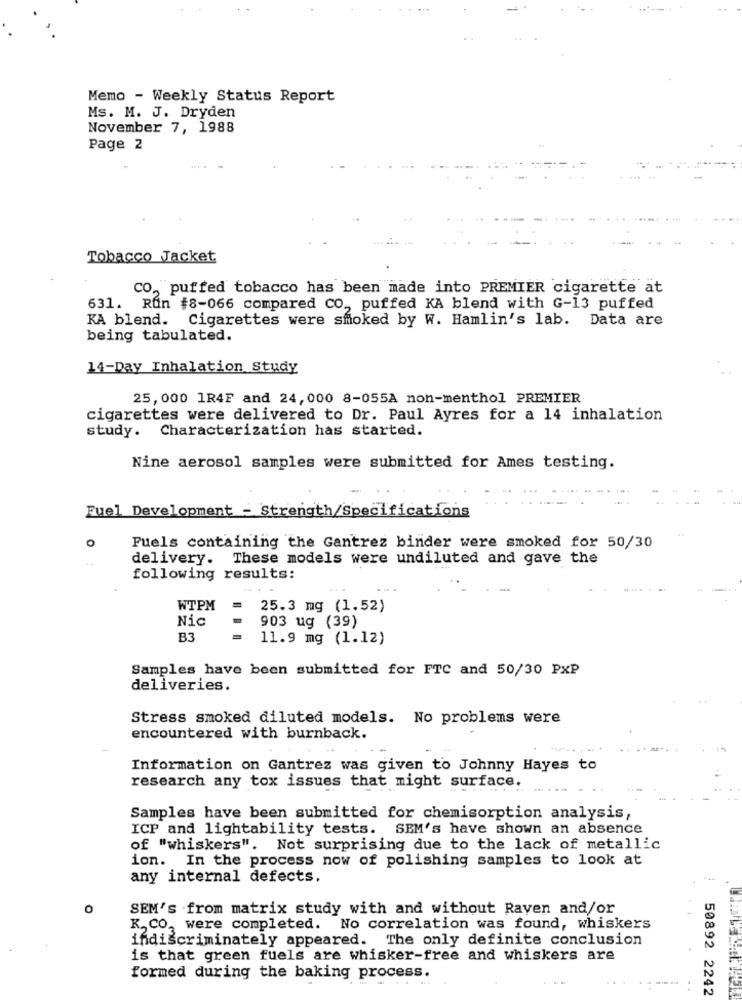
Memo - Weekly Status Report
Ms. M. J. Dryden
November 7, 1988
Page 2
Tobacco Jacket
CO, puffed tobacco has been made into PREMIER cigarette at
631. Run #8-066 compared CO ., puffed KA blend with G-13 puffed
KA blend. Cigarettes were smoked by W. Hamlin's lab. Data are
being tabulated.
14-Day Inhalation Study
25, 000 1R4F and 24, 000 8-055A non-menthol PREMIER
cigarettes were delivered to Dr. Paul Ayres for a 14 inhalation
study. Characterization has started.
Nine aerosol samples were submitted for Ames testing.
Fuel Development - Strength/Specifications
o
Fuels containing the Gantrez binder were smoked for 50/30
delivery. These models were undiluted and gave the
following results:
WTPM
25.3 mg (1.52)
Nic
903 ug (39)
B3
11.9 mg (1.12)
Samples have been submitted for FTC and 50/30 PXP
deliveries.
Stress smoked diluted models. No problems were
encountered with burnback.
Information on Gantrez was given to Johnny Hayes to
research any tox issues that might surface.
Samples have been submitted for chemisorption analysis,
ICP and lightability tests. SEM's have shown an absence
of "whiskers". Not surprising due to the lack of metallic
ion. In the process now of polishing samples to look at
any internal defects.
0
SEM's from matrix study with and without Raven and/or
K, CO, were completed. No correlation was found, whiskers
indiscriminately appeared. The only definite conclusion
is that green fuels are whisker-free and whiskers are
formed during the baking process.
50892 2242